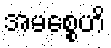
အမစ္စေဟိ